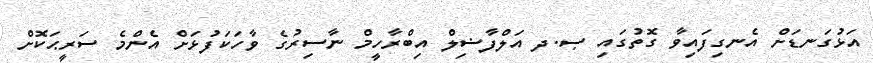
އަޅުގަނޑަށް އެނގިފައިވާ ގޮތުގައި ޞ.ދ އަލްފާޟިލް އިބްރާހީމް ނާސިރުގެ ވާހަކަފުޅަށް އެންމެ ސަރީޙަކޮށް